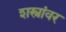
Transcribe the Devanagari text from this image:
शस्त्रांवर